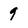
Character: 9